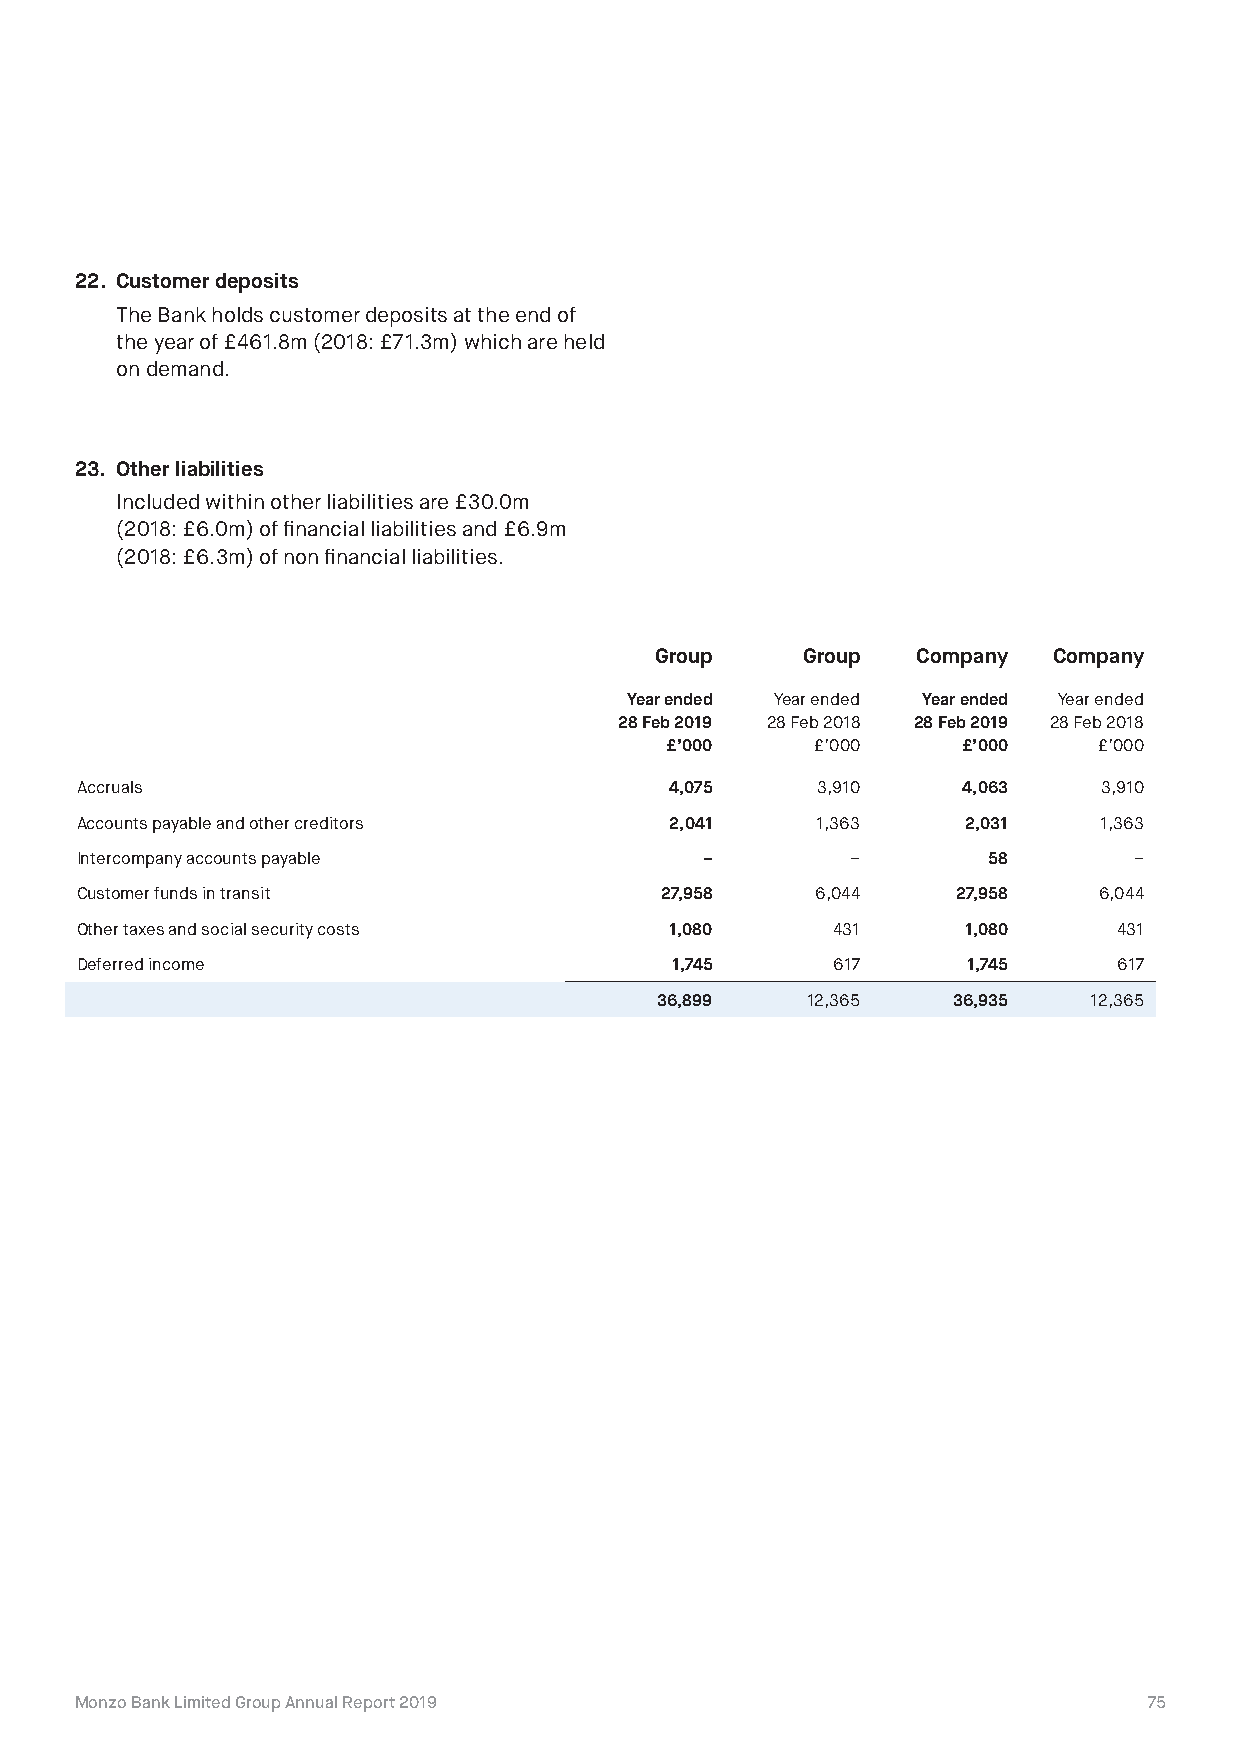
22. Customer deposits
 The Bank holds customer deposits at the end of
 the year of £461.8m (2018: £71.3m) which are held
 on demand.
 23. Other liabilities
 Included within other liabilities are £30.0m
 (2018: £6.0m) of financial liabilities and £6.9m
 (2018: £6.3m) of non financial liabilities.
 Group     Group   Company  Company
 Year ended Year ended Year ended Year ended
 28 Feb 2019 28 Feb 2018 28 Feb 2019 28 Feb 2018
 £’000     £’000     £’000    £’000
 Accruals                               4,075     3,910     4,063    3,910
 Accounts payable and other creditors   2,041     1,363     2,031    1,363
 Intercompany accounts payable             –        –        58        –
 Customer funds in transit              27,958    6,044    27,958    6,044
 Other taxes and social security costs  1,080      431      1,080     431
 Deferred income                        1,745      617      1,745     617
 36,899    12,365    36,935   12,365
 Monzo Bank Limited Group Annual Report 2019                            75